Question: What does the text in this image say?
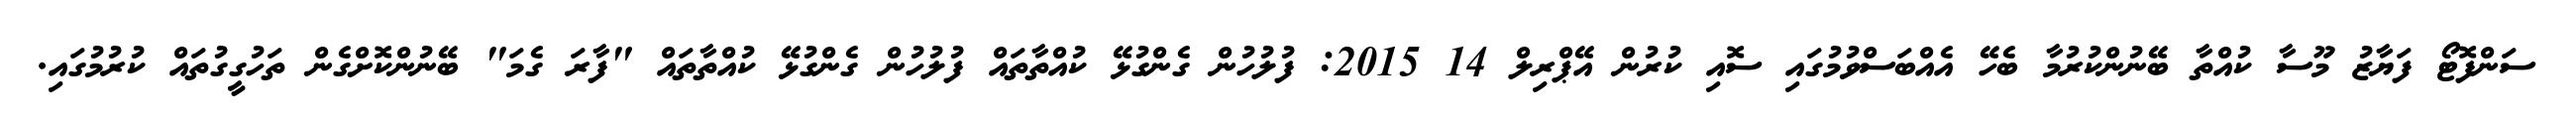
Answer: ސަންފޮޓޯ ފަޔާޒު މޫސާ ކުއްތާ ބޭނުންކުރުމާ ބެހޭ އެއްބަސްވުމުގައި ސޮއި ކުރުން އޭޕްރިލް 14 2015: ފުލުހުން ގެންގުޅޭ ކުއްތާތައް ފުލުހުން ގެންގުޅޭ ކުއްތާތައް "ފާރަ ގެމަ" ބޭނުންކޮށްގެން ތަހުގީގުތައް ކުރުމުގައި.